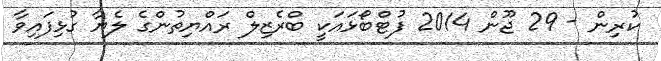
ކުރިން - 29 ޖޫން 2014 ފުޓްބޯޅައަކީ ބްރެޒިލް ރައްޔިތުންގެ ލެޔާ ގުޅިފައިވާ